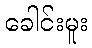
ခေါင်းမူး